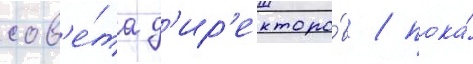
сов'е́та д'ир'екторо́в / пока́